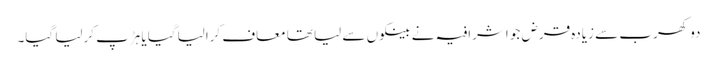
دو کھرب سے زیادہ قرض جو اشرافیہ نے بینکوں سے لیا تھا معاف کرالیاگیا یا ہڑپ کرلیا گیا۔